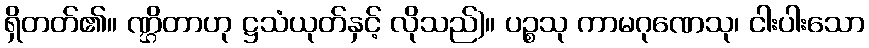
ရှိတတ်၏။ ဏ္ဌိတာဟု ဋ္ဌသံယုတ်နှင့် လိုသည်)။ ပဉ္စသု ကာမဂုဏေသု၊ ငါးပါးသော